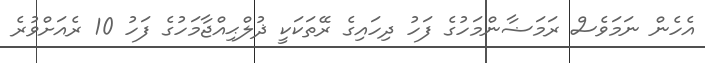
އެހެން ނަމަވެސް ރަމަޟާންމަހުގެ ފަހު ދިހައިގެ ރޭތަކަކީ ޛުލްޙިއްޖާމަހުގެ ފަހު 10 ރެއަށްވުރެ